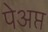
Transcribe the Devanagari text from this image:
पेअप्त